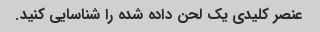
عنصر کلیدی یک لحن داده شده را شناسایی کنید.